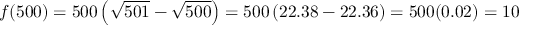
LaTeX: f ( 5 0 0 ) = 5 0 0 \left( { \sqrt { 5 0 1 } } - { \sqrt { 5 0 0 } } \right) = 5 0 0 \left( 2 2 . 3 8 - 2 2 . 3 6 \right) = 5 0 0 ( 0 . 0 2 ) = 1 0